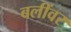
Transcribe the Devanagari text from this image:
बलींवर